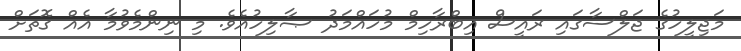
މަޖިލީހުގެ ޖަލްސާގައި ރައީސް އިބްރާހިމް މުހައްމަދު ޞާލިހުއެވެ. މި ނިންމެވުމާ އެއް ގޮތަށް